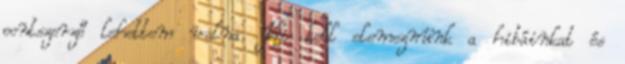
pontszerző lehettem volna. Ki kell elemeznünk a hibáinkat és